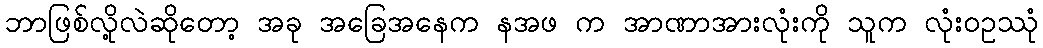
ဘာဖြစ်လို့လဲဆိုတော့ အခု အခြေအနေက နအဖ က အာဏာအားလုံးကို သူက လုံးဝဥဿုံ